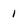
Character: 1